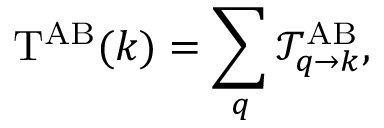
\mathrm { T } ^ { \mathrm { A B } } ( k ) = \sum _ { q } { \mathcal { T } } _ { q \rightarrow k } ^ { \mathrm { A B } } ,